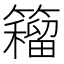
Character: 𰪡